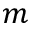
m